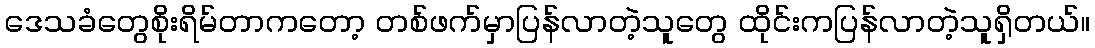
ဒေသခံတွေစိုးရိမ်တာကတော့ တစ်ဖက်မှာပြန်လာတဲ့သူတွေ ထိုင်းကပြန်လာတဲ့သူရှိတယ်။